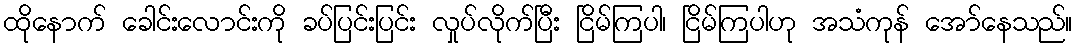
ထိုနောက် ခေါင်းလောင်းကို ခပ်ပြင်းပြင်း လှုပ်လိုက်ပြီး ငြိမ်ကြပါ၊ ငြိမ်ကြပါဟု အသံကုန် အော်နေသည်။